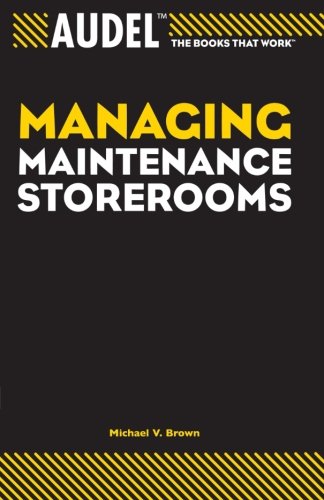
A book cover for Audel Managing Maintenance Storerooms; Michael V. Brown; Business & Money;